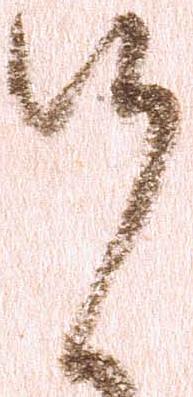
候